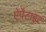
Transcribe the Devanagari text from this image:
ऐपैटाइट